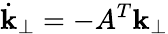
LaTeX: \dot{\textbf{k}}_{\perp}=-A^{T}\textbf{k}_{\perp}